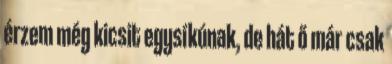
érzem még kicsit egysíkúnak, de hát ő már csak